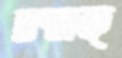
চক্‌মক্‌